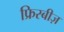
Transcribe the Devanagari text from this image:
फ्रिस्बीज़